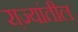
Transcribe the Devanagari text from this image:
रा़ज्यांतील